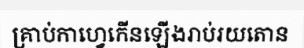
គ្រាប់កាហ្វេកើនឡើងរាប់រយតោន